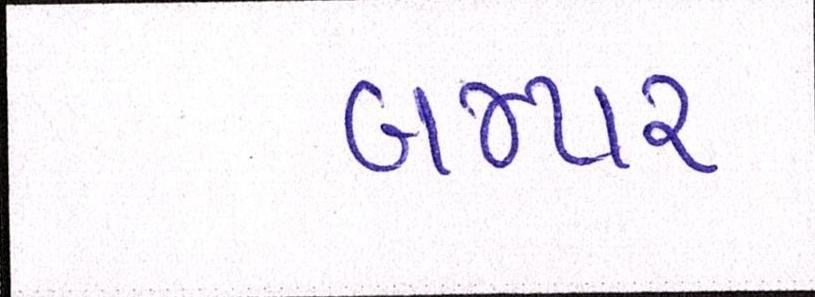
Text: બમ્પર